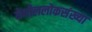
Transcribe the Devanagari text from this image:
येथीललोकसंख्या